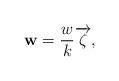
LaTeX: \begin{align*}\mathbf{w}=\frac{w}{k}\overrightarrow{\zeta},\end{align*}